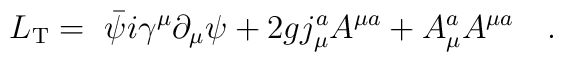
L_{{\rm T}}= {\ \bar \psi}i\gamma^{\mu}\partial_{\mu} \psi + 2g j_{\mu}^aA^{\mu a } +A_{\mu }^a A^{\mu a}\quad.